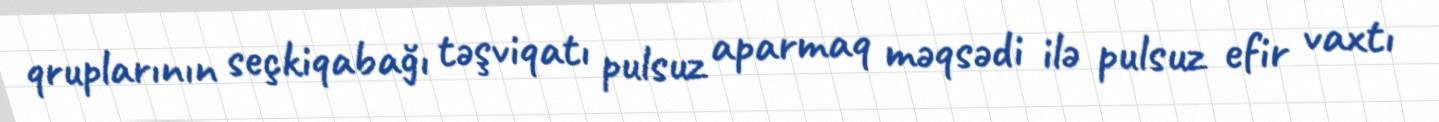
qruplarının seçkiqabağı təşviqatı pulsuz aparmaq məqsədi ilə pulsuz efir vaxtı